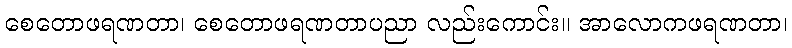
စေတောဖရဏတာ၊ စေတောဖရဏတာပညာ လည်းကောင်း။ အာလောကဖရဏတာ၊